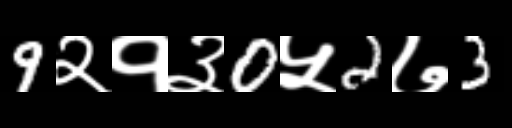
Text: 9२१३0५2७3